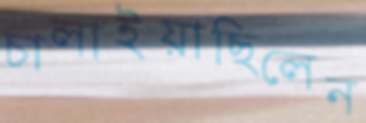
চালাইয়াছিলেন